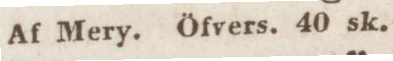
Af Mery. Öfvers. 40 sk.